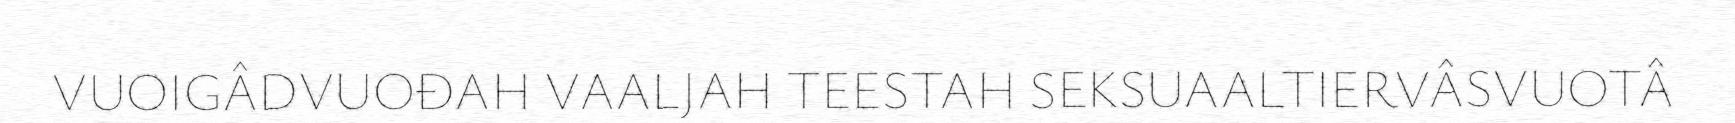
VUOIGÂDVUOĐAH VAALJAH TEESTAH SEKSUAALTIERVÂSVUOTÂ